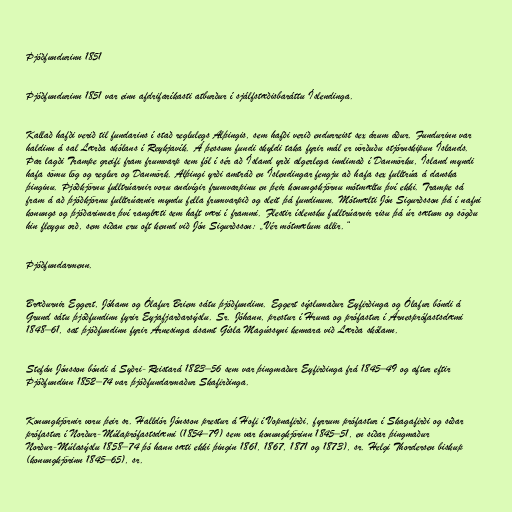
Þjóðfundurinn 1851

Þjóðfundurinn 1851 var einn afdrifaríkasti atburður í sjálfstæðisbaráttu Íslendinga.

Kallað hafði verið til fundarins í stað reglulegs Alþingis, sem hafði verið endurreist sex árum áður. Fundurinn var
haldinn á sal Lærða skólans í Reykjavík. Á þessum fundi skyldi taka fyrir mál er vörðuðu stjórnskipun Íslands.
Þar lagði Trampe greifi fram frumvarp sem fól í sér að Ísland yrði algerlega innlimað í Danmörku, Ísland myndi
hafa sömu lög og reglur og Danmörk. Alþingi yrði amtráð en Íslendingar fengju að hafa sex fulltrúa á danska
þinginu. Þjóðkjörnu fulltrúarnir voru andvígir frumvarpinu en þeir konungskjörnu mótmæltu því ekki. Trampe sá
fram á að þjóðkjörnu fulltrúarnir myndu fella frumvarpið og sleit þá fundinum. Mótmælti Jón Sigurðsson þá í nafni
konungs og þjóðarinnar því ranglæti sem haft væri í frammi. Flestir íslensku fulltrúarnir risu þá úr sætum og sögðu
hin fleygu orð, sem síðan eru oft kennd við Jón Sigurðsson: „Vér mótmælum allir.“

Þjóðfundarmenn.

Bræðurnir Eggert, Jóhann og Ólafur Briem sátu þjóðfundinn. Eggert sýslumaður Eyfirðinga og Ólafur bóndi á
Grund sátu þjóðfundinn fyrir Eyjafjarðarsýslu. Sr. Jóhann, prestur í Hruna og prófastur í Árnesprófastsdæmi
1848–61, sat þjóðfundinn fyrir Árnesinga ásamt Gísla Magússyni kennara við Lærða skólann.

Stefán Jónsson bóndi á Syðri-Reistará 1823–56 sem var þingmaður Eyfirðinga frá 1845–49 og aftur eftir
Þjóðfundinn 1852–74 var þjóðfundarmaður Skafirðinga.

Konungkjörnir voru þeir sr. Halldór Jónsson prestur á Hofi í Vopnafirði, fyrrum prófastur í Skagafirði og síðar
prófastur í Norður-Múlaprófastsdæmi (1854–79) sem var konungkjörinn 1845–51, en síðar þingmaður
Norður-Múlasýslu 1858–74 þó hann sæti ekki þingin 1861, 1867, 1871 og 1873), sr. Helgi Thordersen biskup
(konungkjörinn 1845–65), sr.